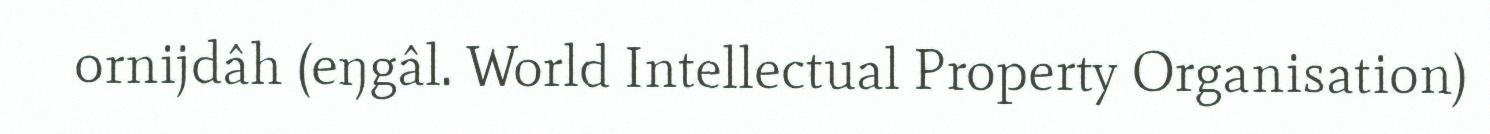
ornijdâh (eŋgâl. World Intellectual Property Organisation)